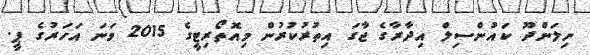
ނިލަންދޫ ކައުންސިލް އިދާރާގެ ޖާގަ އިތުރުކުރުން މިއޮތޯރިޓީގެ 2015 ވަނަ އަހަރުގެ ޕީ.